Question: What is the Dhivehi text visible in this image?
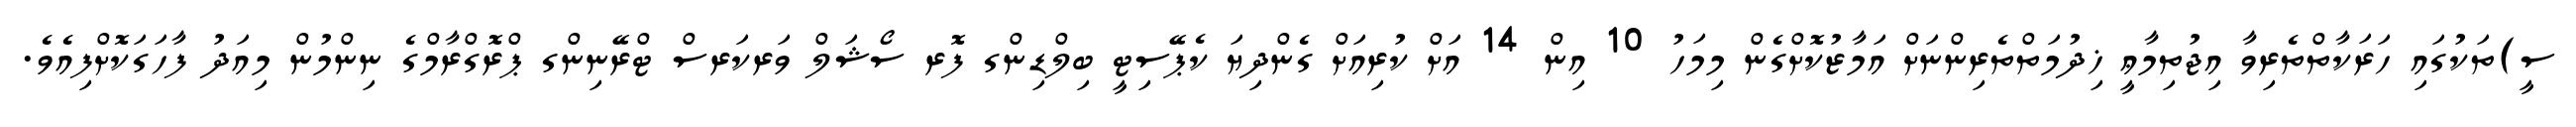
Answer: ސީ)ތަކުގައި ހަރަކާތްތެރިވާ އިޖުތިމާޢީ ޚިދުމަތްތެރިންނަށް އަމާޒުކޮށްގެން މިމަހު 10 އިން 14 އަށް ކުރިއަށް ގެންދިޔަ ކެޕޭސިޓީ ބިލްޑިންގ ފޮރ ސޯޝަލް ވަރކަރސް ޓްރޭނިންގ ޕްރޮގްރާމްގެ ނިންމުން މިއަދު ފާހަގަކޮށްފިއެވެ.